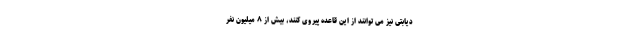
دیابتی نیز می توانند از این قاعده پیروی کنند، بیش از ۸ میلیون نفر